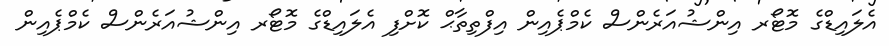
އެލައިޑްގެ މޮޓޯރ އިންޝުއަރެންސް ކެމްޕެއިން އިފްތިތާޙް ކޮށްފި އެލައިޑްގެ މޮޓޯރ އިންޝުއަރެންސް ކެމްޕެއިން